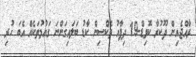
ރާއްޖެއިން ދޫކުރާ ކޮވިޑް-19 ދިފާއު ވެކްސިން ކާޑު ބަލައިގަންނަ ގައުމުތަކެއް އެބަ ހުރި